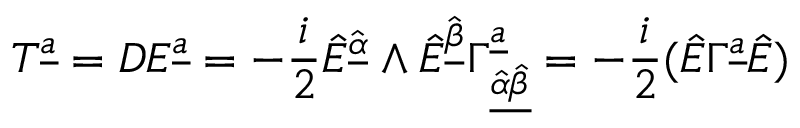
T ^ { { \underline { { a } } } } = { \cal D } E ^ { { \underline { { a } } } } = - { \frac { i } { 2 } } \hat { E } ^ { \hat { \underline { { \alpha } } } } \wedge \hat { E } ^ { \hat { \underline { { \beta } } } } \Gamma _ { { \underline { { { \hat { \alpha } \hat { \beta } } } } } } ^ { { \underline { { a } } } } = - { \frac { i } { 2 } } ( \hat { E } \Gamma ^ { { \underline { { a } } } } \hat { E } )